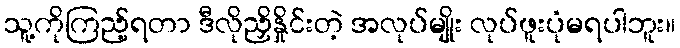
သူ့ကိုကြည့်ရတာ ဒီလိုညှိနှိုင်းတဲ့ အလုပ်မျိုး လုပ်ဖူးပုံမရပါဘူး။